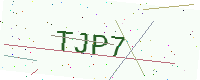
Text: TJP7